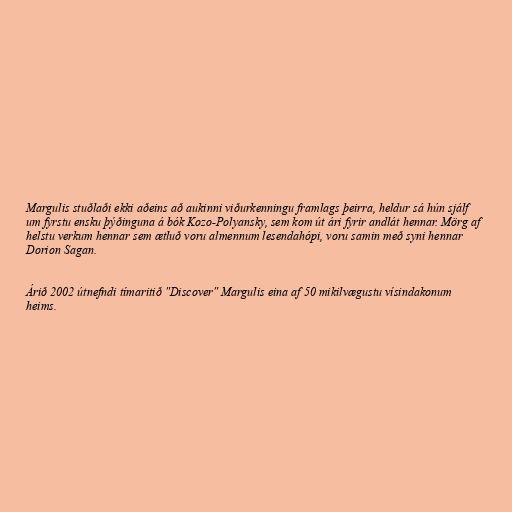
Margulis stuðlaði ekki aðeins að aukinni viðurkenningu framlags þeirra, heldur sá hún sjálf
um fyrstu ensku þýðinguna á bók Kozo-Polyansky, sem kom út ári fyrir andlát hennar. Mörg af
helstu verkum hennar sem ætluð voru almennum lesendahópi, voru samin með syni hennar
Dorion Sagan.

Árið 2002 útnefndi tímaritið "Discover" Margulis eina af 50 mikilvægustu vísindakonum
heims.